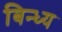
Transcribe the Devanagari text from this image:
बिन्ध्य